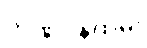
ဘဏ်ဝန်ထမ်း